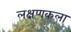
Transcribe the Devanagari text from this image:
लक्षणकला